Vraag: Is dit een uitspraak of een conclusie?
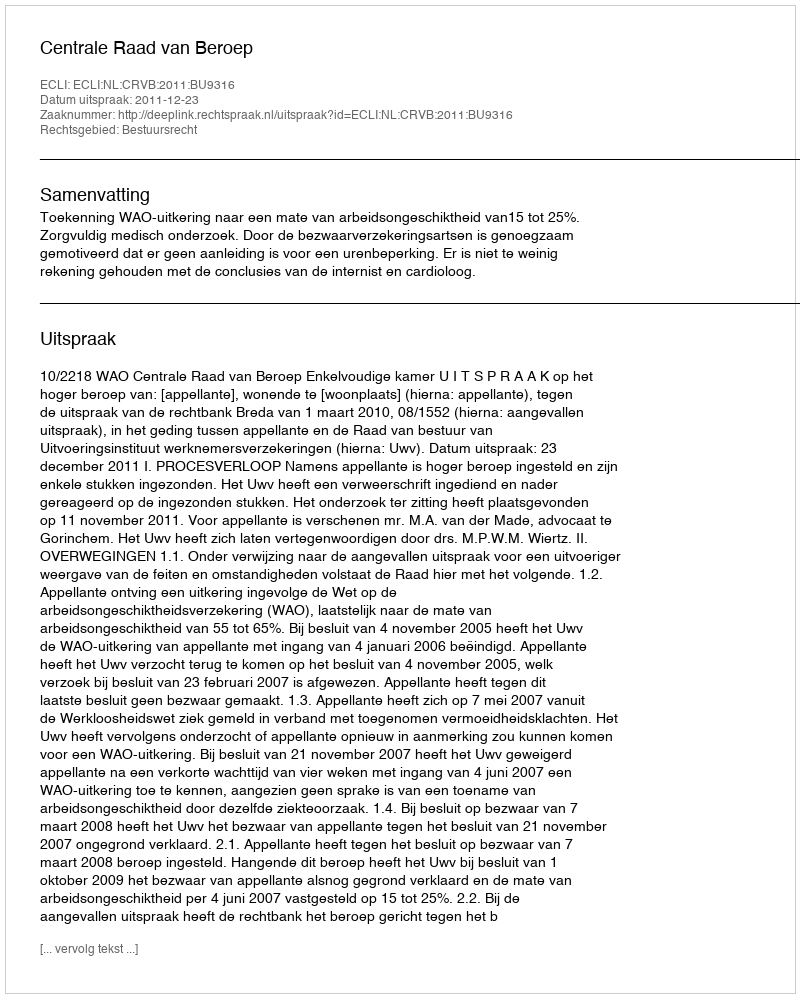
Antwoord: Uitspraak